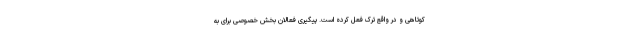
کوتاهی و در واقع ترک فعل کرده است. پیگیری فعالان بخش خصوصی برای به